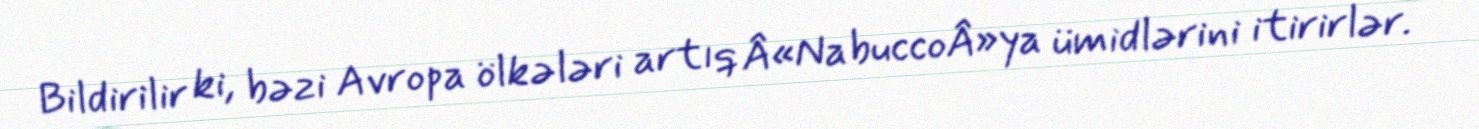
Bildirilir ki, bəzi Avropa ölkələri artıq Â«NabuccoÂ»ya ümidlərini itirirlər.